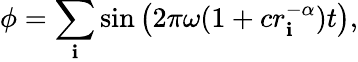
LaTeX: \phi=\sum_{\mathbf{i}}\sin\left(2\pi\omega(1+cr_{\mathbf{i}}^{-\alpha})t\right),